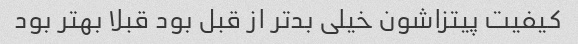
کیفیت پیتزاشون خیلی بدتر از قبل بود قبلا بهتر بود